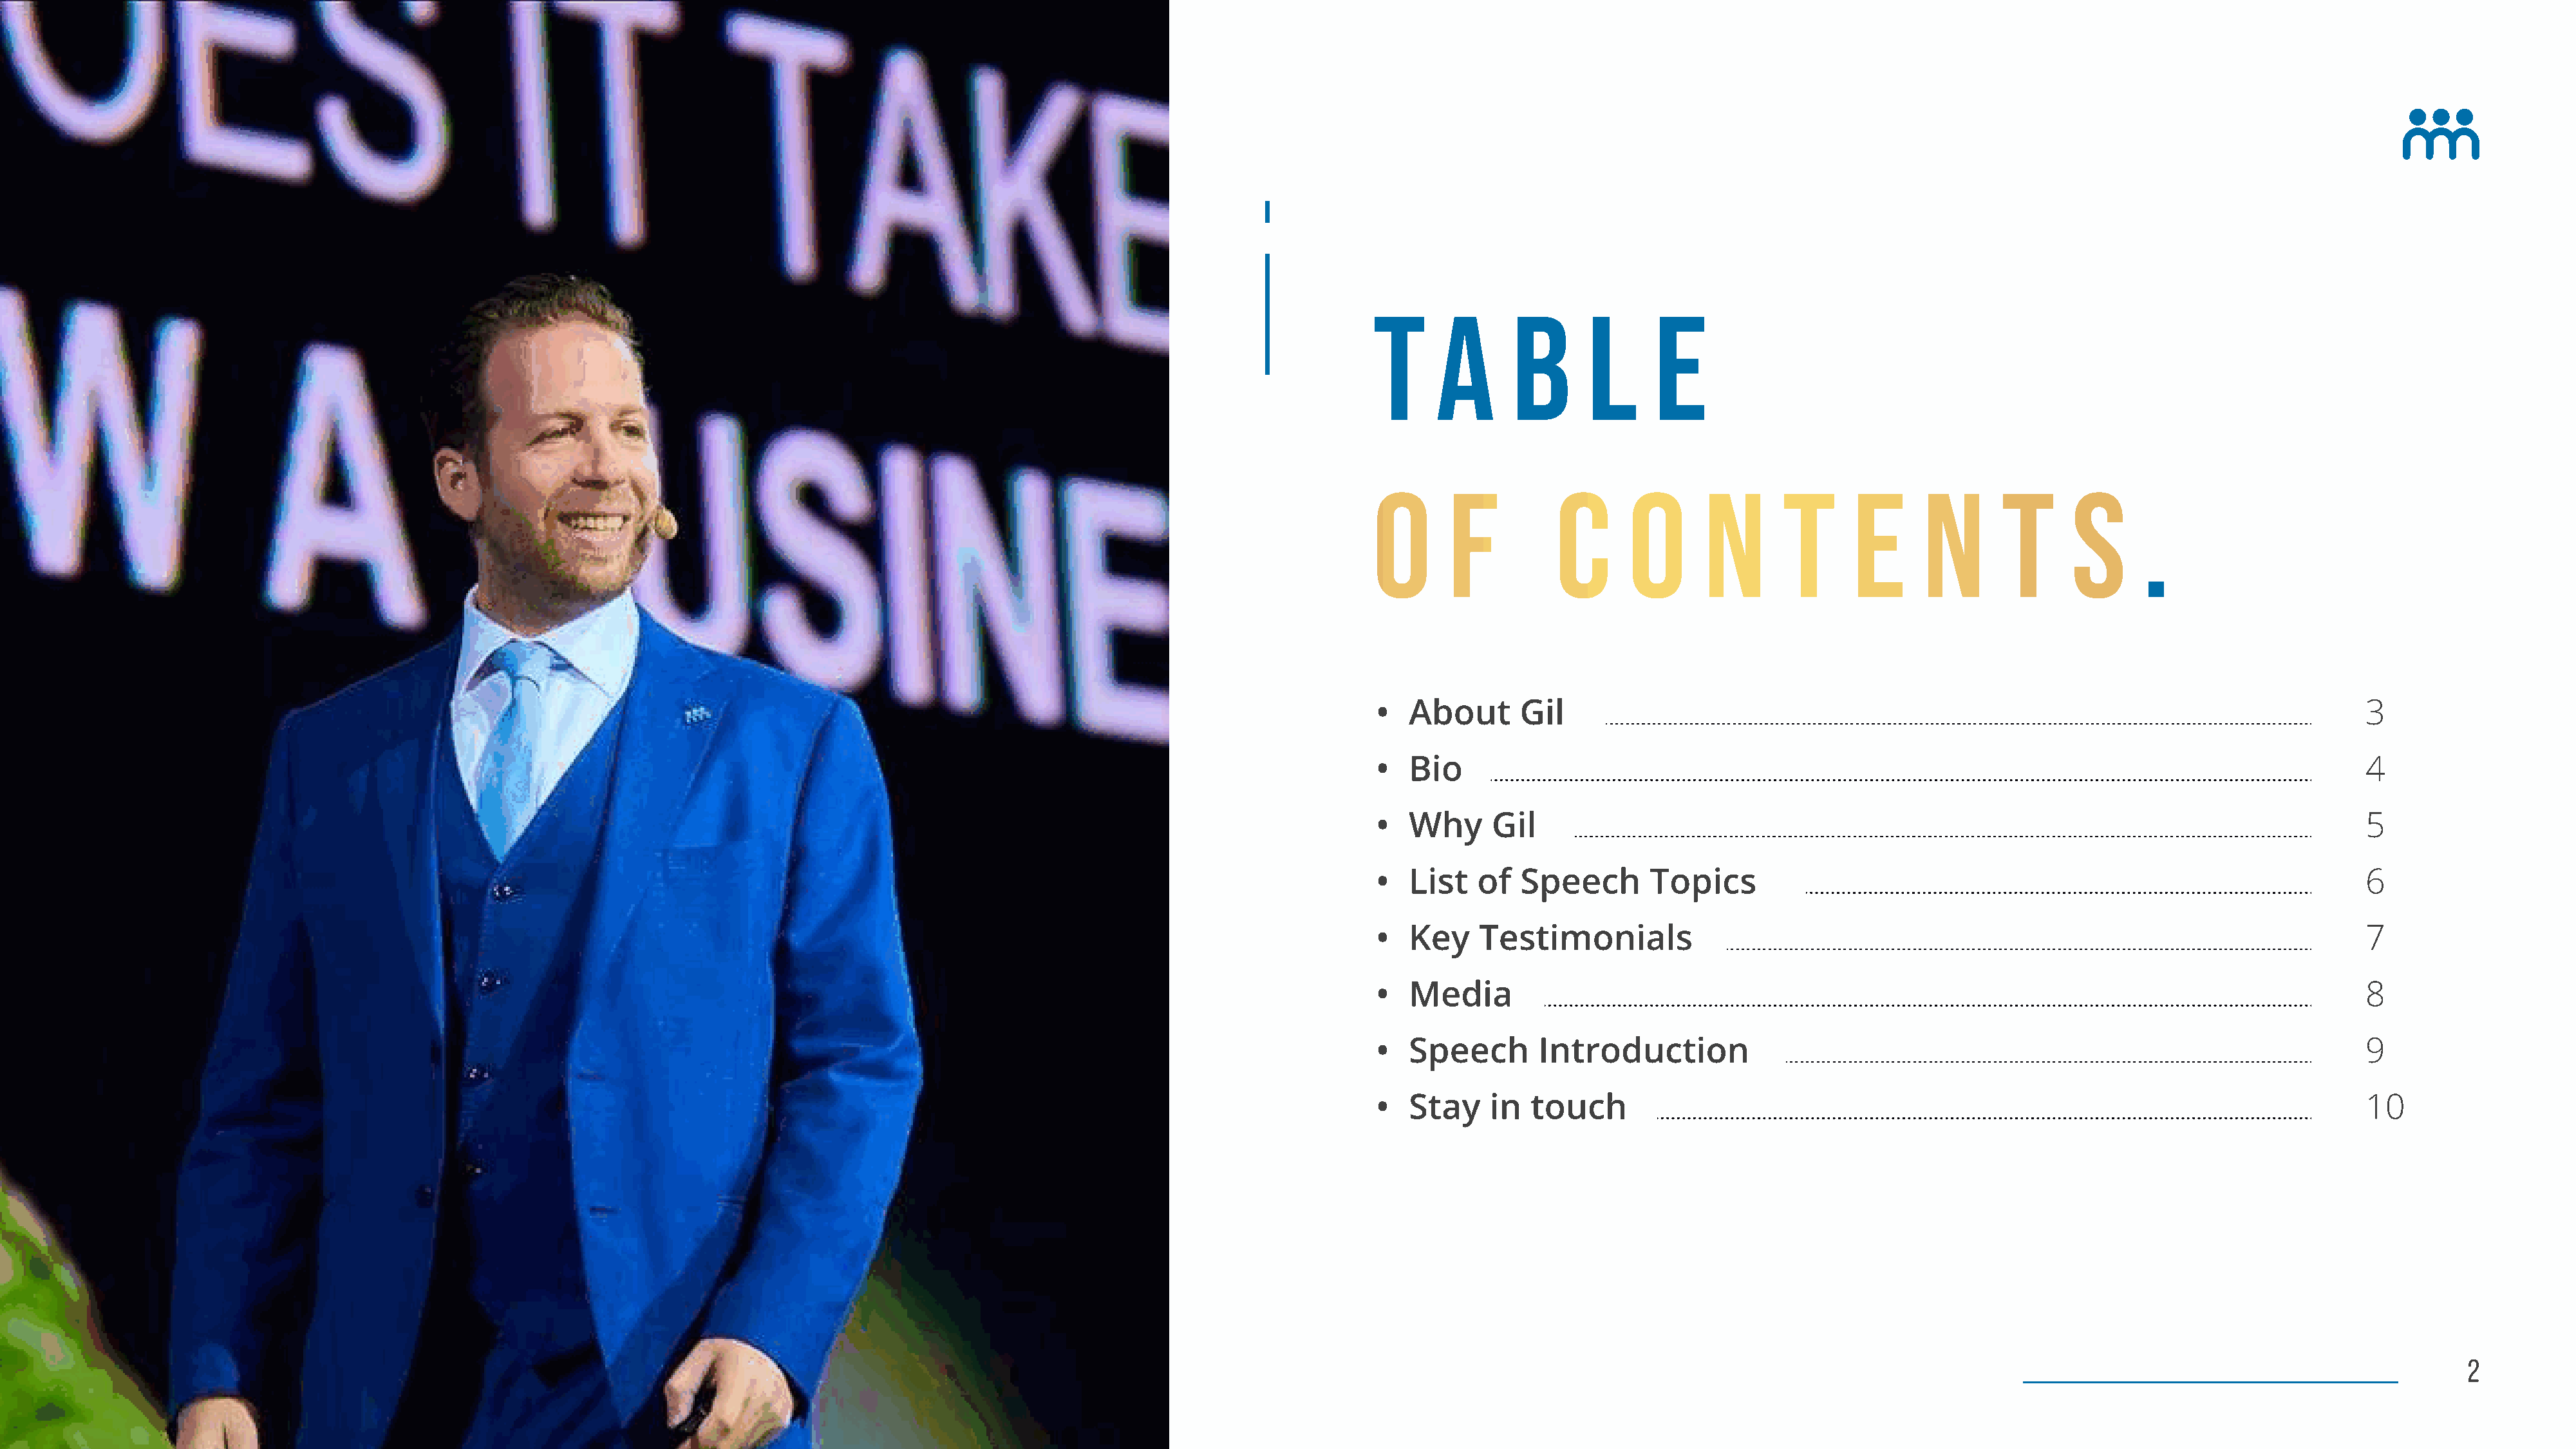
T      a      b       l      e
 o       f          C      o       n       t      e       n       t      s      .
 About      Gi                                                                                     3
 Bi                                                                                                4
 Why     Gi                                                                                        5
 List   of  Speech        Topic                                                                    6
 Key    Testimonial                                                                                7
 Medi                                                                                              8
 Speech       Introductio                                                                          9
 Stay    in  touch                                                                                 10
 2